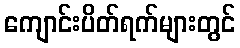
ကျောင်းပိတ်ရက်များတွင်